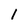
Character: 1